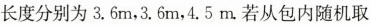
长度分别为3.6m，3.6m，4.5m。若从包内随机取